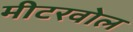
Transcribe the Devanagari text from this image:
मीटरवोल